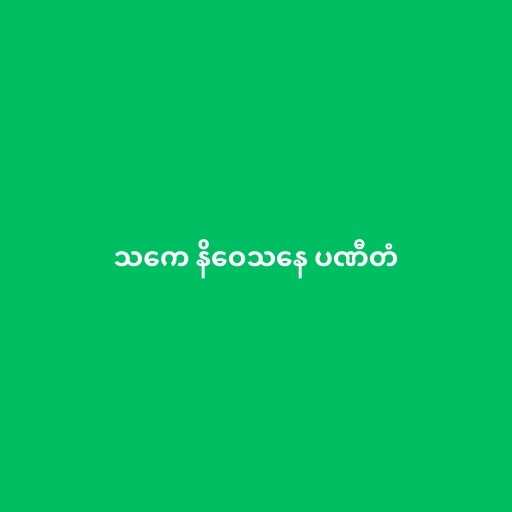
သကေ နိဝေသနေ ပဏီတံ